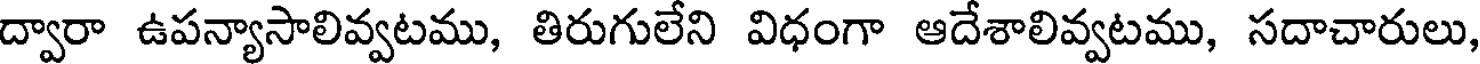
ద్వారా ఉపన్యాసాలివ్వటము, తిరుగులేని విధంగా ఆదేశాలివ్వటము, సదాచారులు,